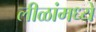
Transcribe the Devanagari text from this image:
लीळांमध्ये